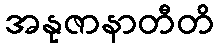
အနုဇာနာတီတိ